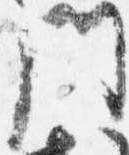
門